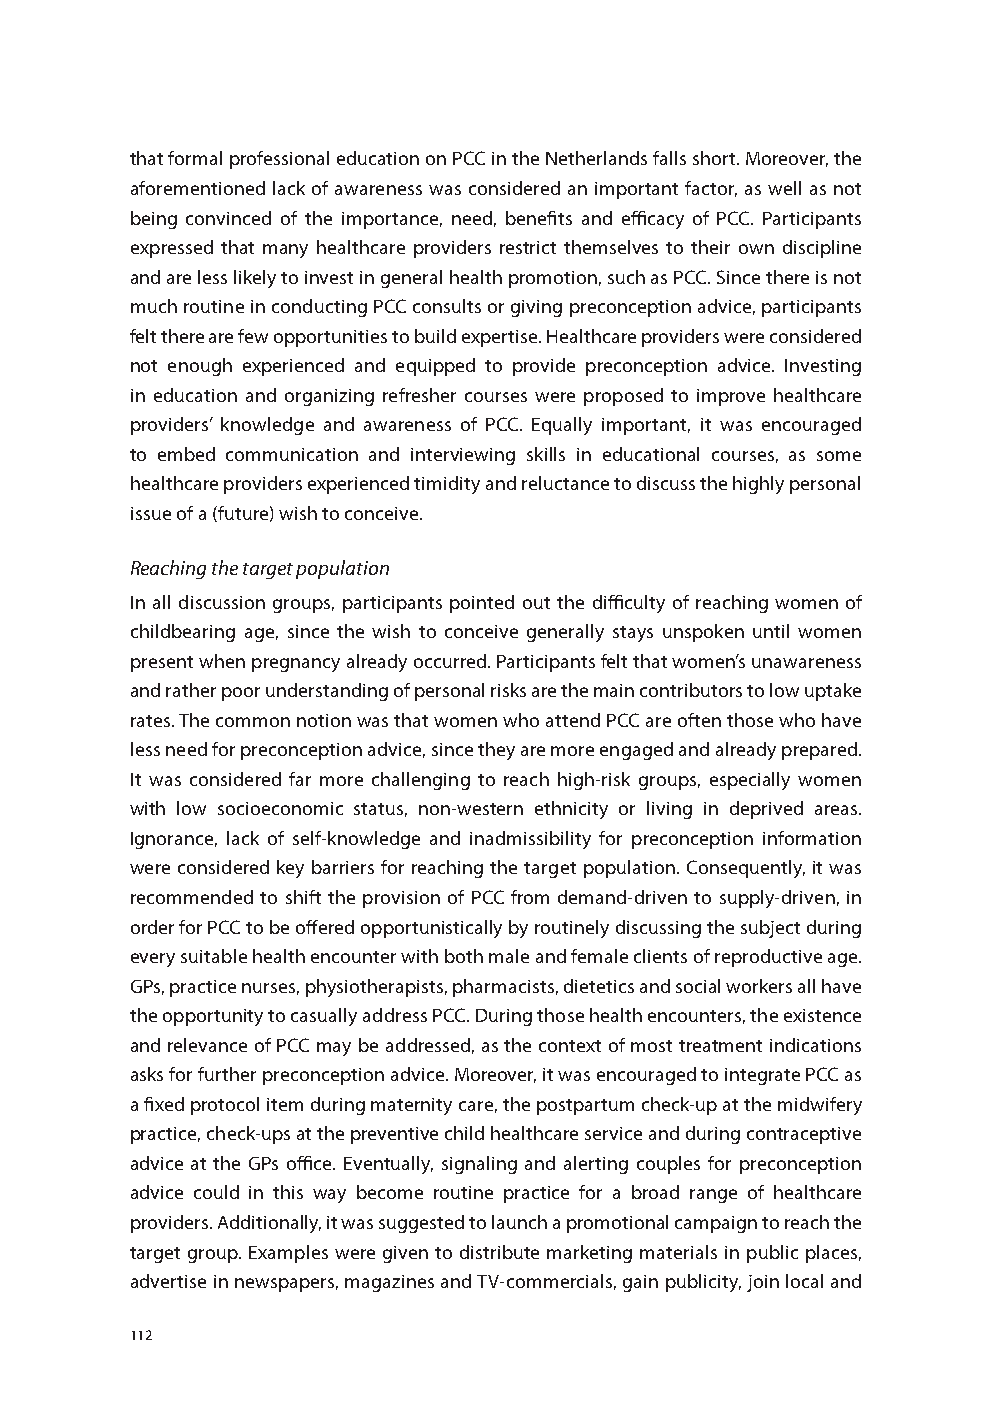
that formal professional education on PCC in the Netherlands falls short. Moreover, the
 aforementioned lack of awareness was considered an important factor, as well as not
 being convinced of the importance, need, benefits and efficacy of PCC. Participants
 expressed that many healthcare providers restrict themselves to their own discipline
 and are less likely to invest in general health promotion, such as PCC. Since there is not
 much routine in conducting PCC consults or giving preconception advice, participants
 felt there are few opportunities to build expertise. Healthcare providers were considered
 not enough experienced and equipped to provide preconception advice. Investing
 in education and organizing refresher courses were proposed to improve healthcare
 providers’ knowledge and awareness of PCC. Equally important, it was encouraged
 to embed communication and interviewing skills in educational courses, as some
 healthcare providers experienced timidity and reluctance to discuss the highly personal
 issue of a (future) wish to conceive.
 Reaching the target population
 In all discussion groups, participants pointed out the difficulty of reaching women of
 childbearing age, since the wish to conceive generally stays unspoken until women
 present when pregnancy already occurred. Participants felt that women’s unawareness
 and rather poor understanding of personal risks are the main contributors to low uptake
 rates. The common notion was that women who attend PCC are often those who have
 less need for preconception advice, since they are more engaged and already prepared.
 It was considered far more challenging to reach high-risk groups, especially women
 with low socioeconomic status, non-western ethnicity or living in deprived areas.
 Ignorance, lack of self-knowledge and inadmissibility for preconception information
 were considered key barriers for reaching the target population. Consequently, it was
 recommended to shift the provision of PCC from demand-driven to supply-driven, in
 order for PCC to be offered opportunistically by routinely discussing the subject during
 every suitable health encounter with both male and female clients of reproductive age.
 GPs, practice nurses, physiotherapists, pharmacists, dietetics and social workers all have
 the opportunity to casually address PCC. During those health encounters, the existence
 and relevance of PCC may be addressed, as the context of most treatment indications
 asks for further preconception advice. Moreover, it was encouraged to integrate PCC as
 a fixed protocol item during maternity care, the postpartum check-up at the midwifery
 practice, check-ups at the preventive child healthcare service and during contraceptive
 advice at the GPs office. Eventually, signaling and alerting couples for preconception
 advice could in this way become routine practice for a broad range of healthcare
 providers. Additionally, it was suggested to launch a promotional campaign to reach the
 target group. Examples were given to distribute marketing materials in public places,
 advertise in newspapers, magazines and TV-commercials, gain publicity, join local and
 112